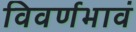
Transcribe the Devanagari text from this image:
विवर्णभावं